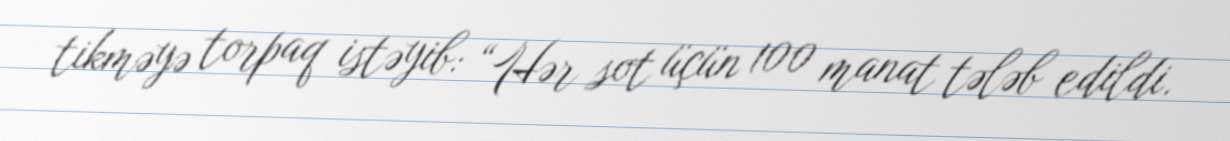
tikməyə torpaq istəyib: “Hər sot üçün 100 manat tələb edildi.